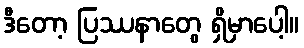
ဒီတော့ ပြဿနာတွေ ရှိမှာပေါ့။